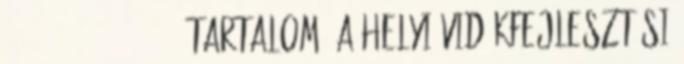
61,000 111,276 0 69 68 Tartalom ▪A Helyi Vidékfejlesztési